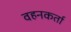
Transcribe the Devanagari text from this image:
वहनकर्ता